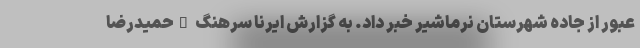
عبور از جاده شهرستان نرماشیر خبر داد. به گزارش ایرنا سرهنگ "حمیدرضا